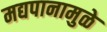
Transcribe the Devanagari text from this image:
मद्यपानामुळे